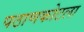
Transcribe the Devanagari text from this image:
पठाणकोटला